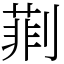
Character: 㔈